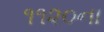
૧૧૨૦ના